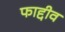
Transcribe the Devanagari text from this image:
फाद्दीव